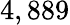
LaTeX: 4,889